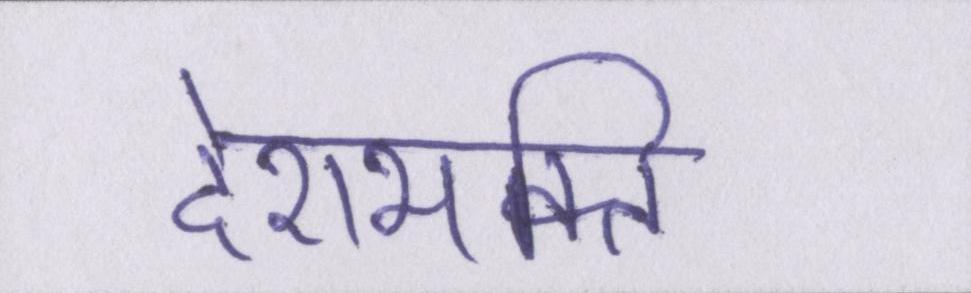
देशभक्ति